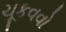
ચૂકવવો